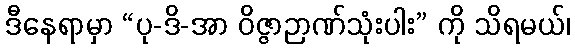
ဒီနေရာမှာ “ပု-ဒိ-အာ ဝိဇ္ဇာဉာဏ်သုံးပါး” ကို သိရမယ်၊